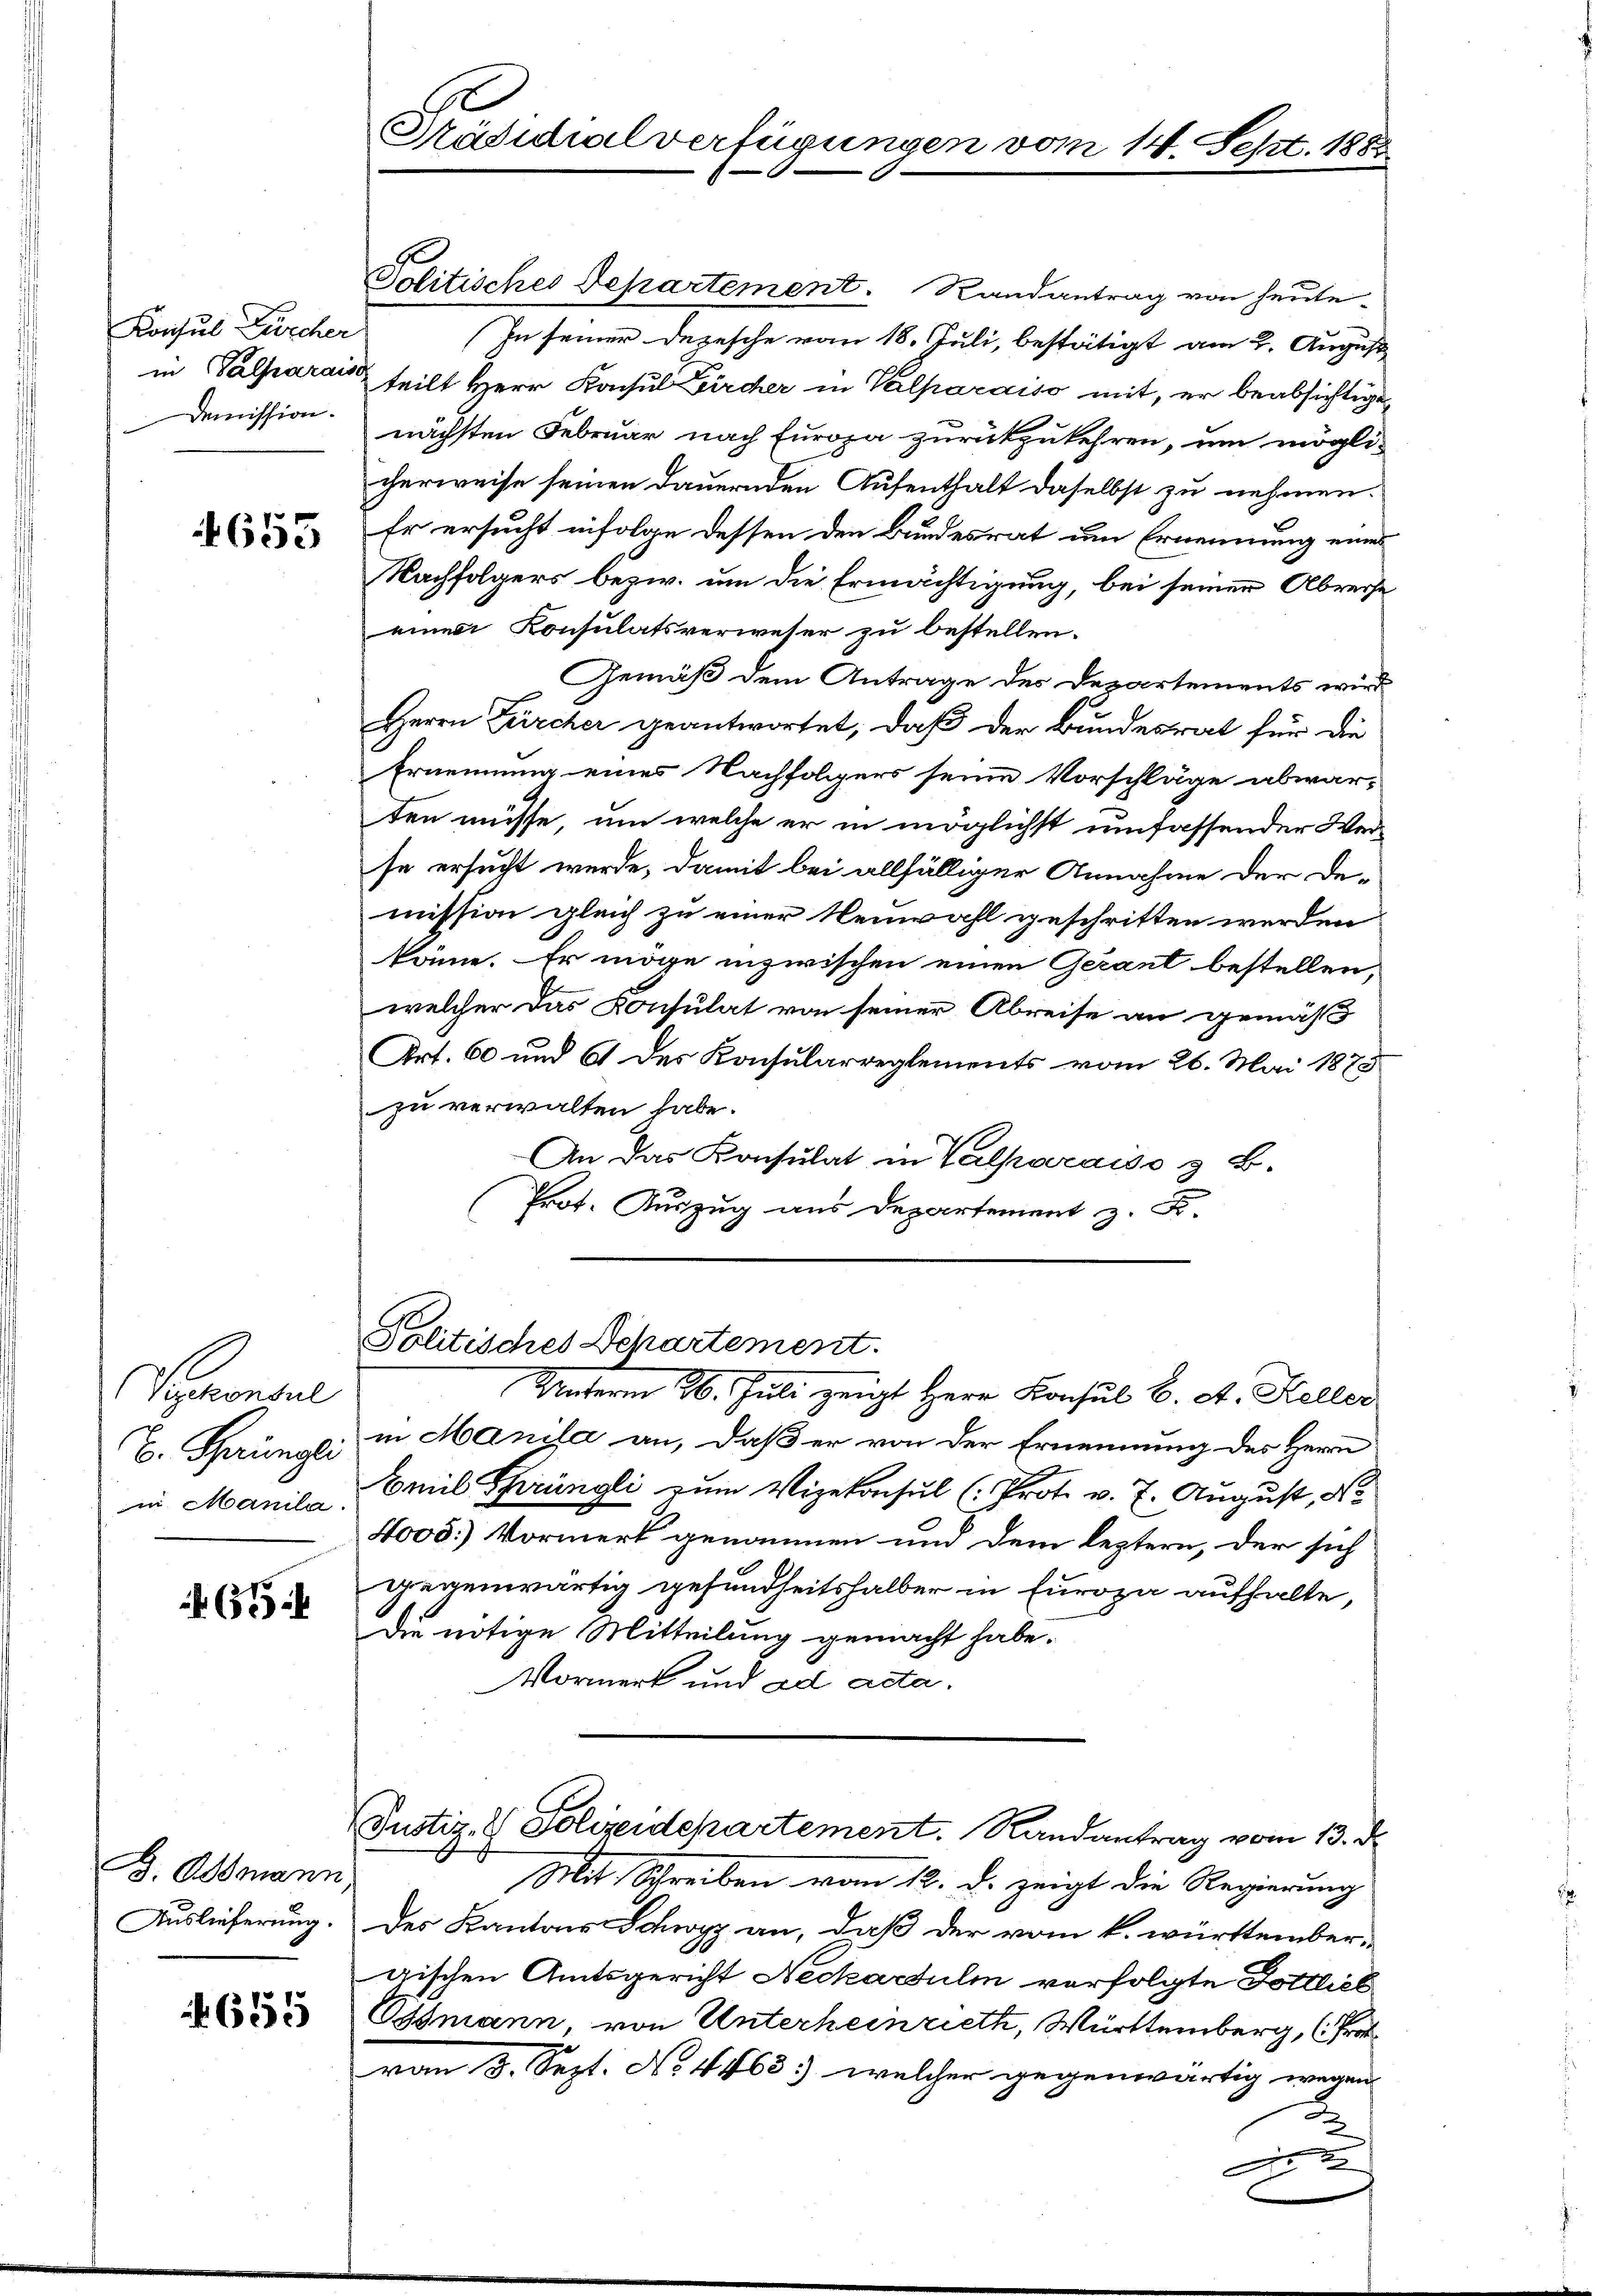
Konsul Zürcher
in Valparaiss
Demission.

1655

Poconsul
E. Sprüngli
in Manila.

65

G. Admann
Auslieferung.

655

Prädichialverfügungen vom 14. Sept. 188

Politisches Departement. Randantrag von heute-
In seiner Depesche vom 18. Juli, bestätigt am 2. August
teilt Herr Konsul Bircher in Valparaiso mit, er beabsichtige
nächsten Februar nach Europa zurückzukehren, um mögli-
cherweise seinen dauernden Aufenthalt daselbst zu nehmen.
Er ersucht infolge dessen den Bundesrat um Ernennung eines
Nachfolgers bezw. um die Ermächtigung, bei seinen Abreise
einen Consulatsverweser zu bestellen.
Gemäß dem Antrage des Departements wird
Herrn Bircher geantwortet, daß der Bundesrat für die
Ernennung eines Nachfolgers seine Vorschläge abwar-
ten müsse, um welche er in möglichst umfassender Werse ersucht werde, damit bei allfälliger Annahme der De-
mission gleich zu einer Neuwahl geschritten werden
könne. Er möge inzwischen einen Gerant bestellen,
welcher das Consulat von seiner Abreise an gemäß
Art. 60 und 61 des Konsularreglements vom 26. Mai 1875
zu verwalten habe.
An das Konsulat in Valparaiso z. B.
Prot. Auszug aus Departement z. B.

Politisches Departement.

Unterm 26. Juli zeigt Herr Konsul B. A. Keller
in Manila an, daß er von der Ernennung des Herrn
Emil Sprüngli zum Vizekonsul (: Prot. v. 7. August, d
4005.) Vormerk genommen und dem leztern, der sich
gegenwärtig gesundheitshalber in Europa aufhalte,
Die nötige Mitteilung gemacht habe.
Vormerk und ad acta
Justiz- & Polizeidepartement. Randantrag vom 13. d.
Mit Schreiben vom 12. d. zeigt die Regierung
Der Kantons Schwyz an, daß der vom k. württembergischen Amtsgericht Neckartuli verfolgte Tottlich
Ossmann von Unterheinrieth, Württemberg, (Frat
vom 3. Sept. No. 4463) welcher gegenwärtig wegen
A